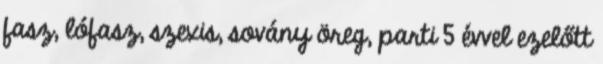
fasz, lófasz, szexis, sovány öreg, parti 5 évvel ezelőtt